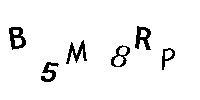
B5M8RP